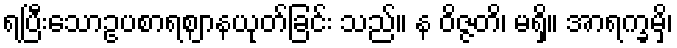
ရပြီးသောဥပစာရဈာနယုတ်ခြင်း သည်။ န ဝိဇ္ဇတိ၊ မရှိ။ အာရက္ခမှိ၊